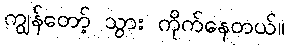
ကျွန်တော့် သွား ကိုက်နေတယ်။